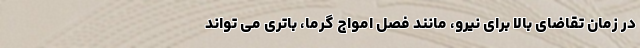
در زمان تقاضای بالا برای نیرو، مانند فصل امواج گرما، باتری می تواند